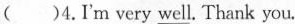
( )4.I'm very \underline{well} Thank you.